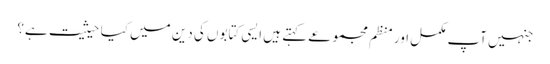
جنہیں آپ مکمل اور منظم مجموعے کہتے ہیں ایسی کتابوں کی دین میں کیا حیثیت ہے؟